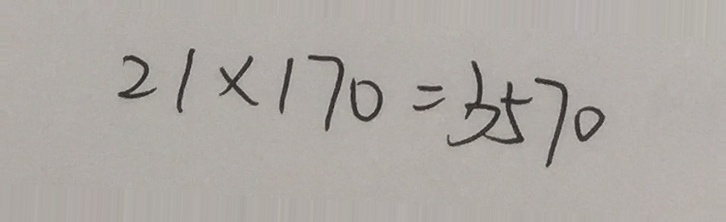
2 1 \times 1 7 0 = 3 5 7 0